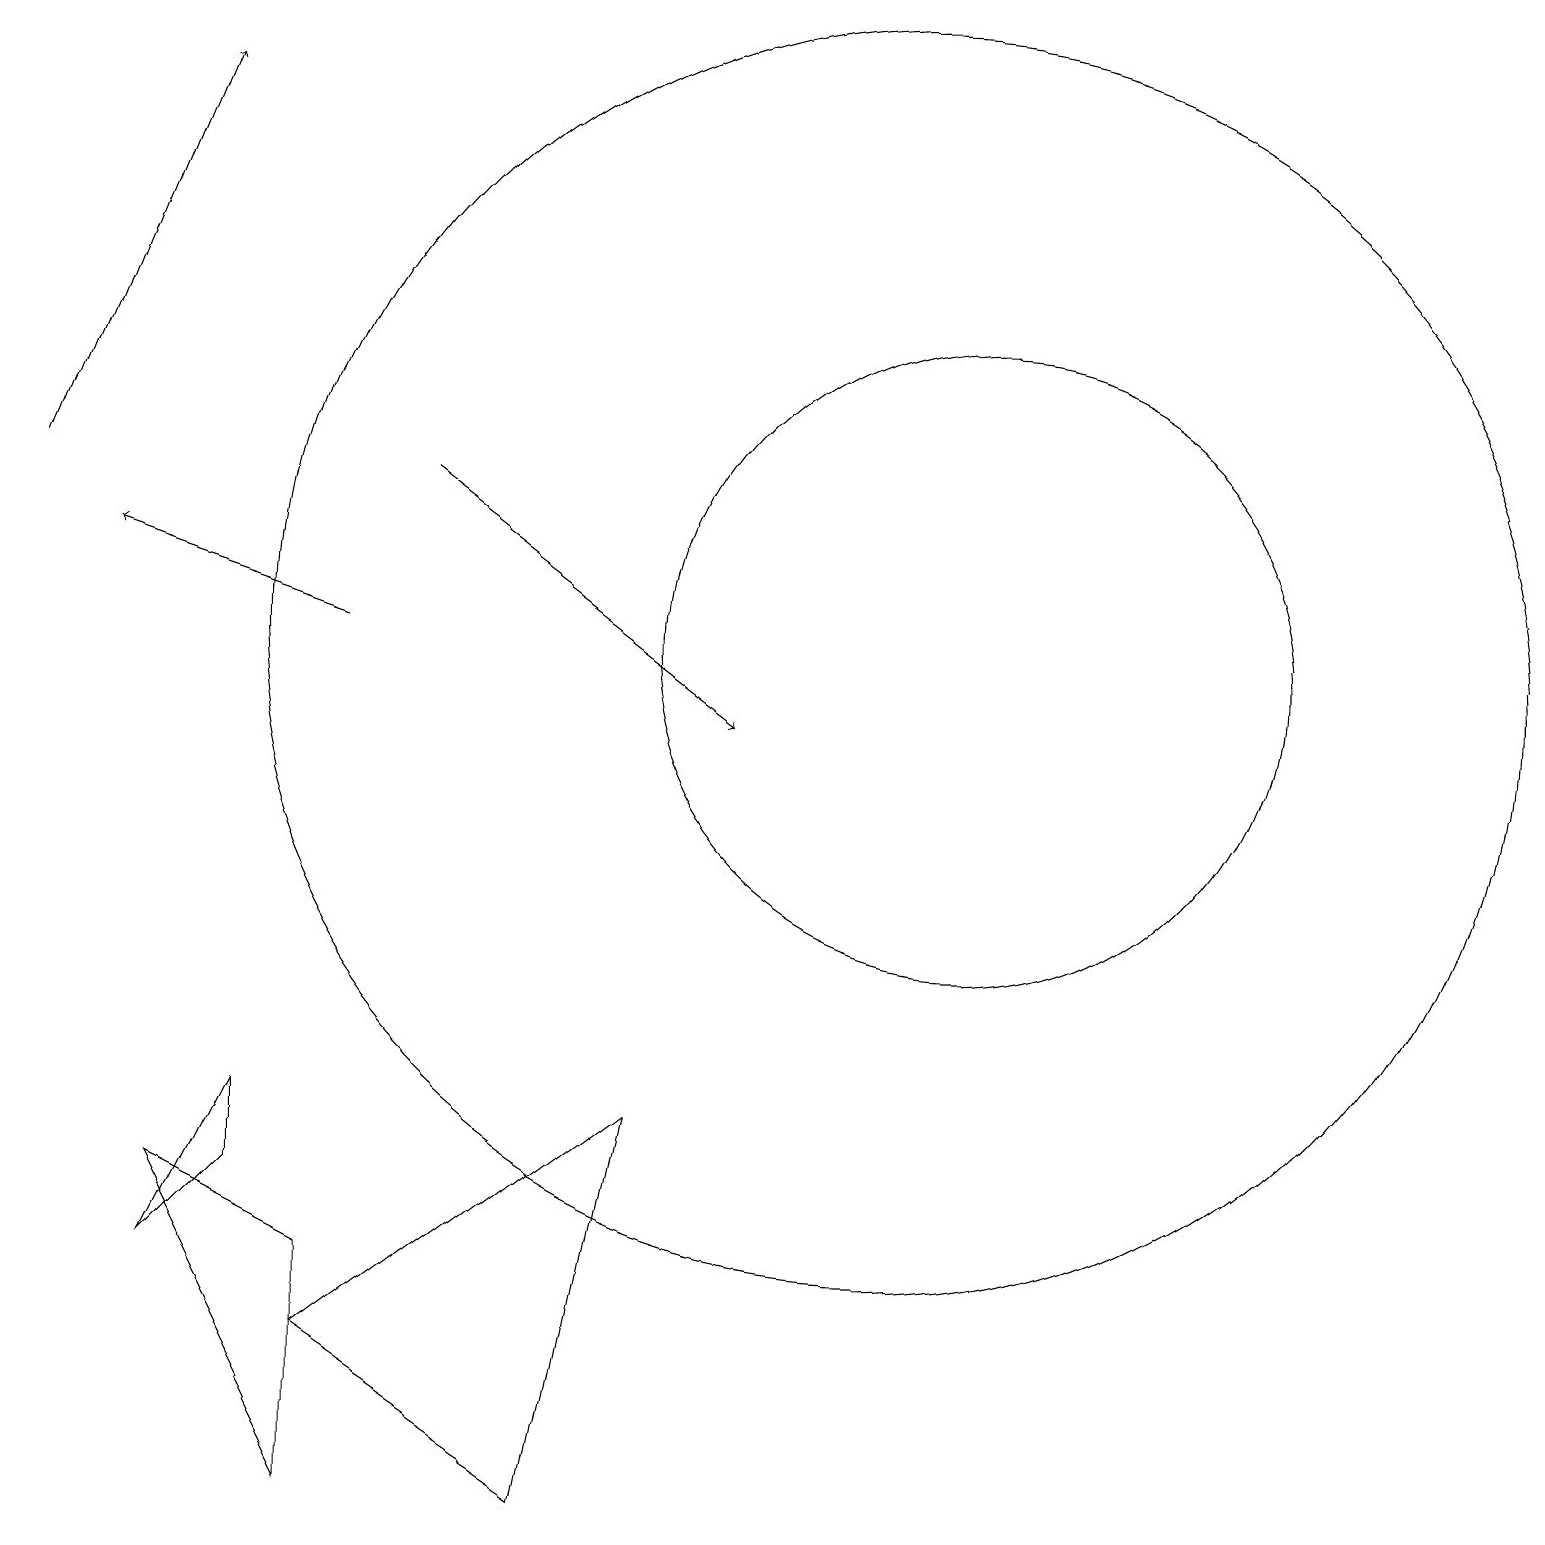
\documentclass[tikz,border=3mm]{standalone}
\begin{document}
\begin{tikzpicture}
\draw (12,11) circle (4);
\draw[->] (4,11) -- (1,12);
\draw[->] (0,13) -- (2,18);
\draw[->] (5,13) -- (9,10);
\draw (4,2) -- (8,5) -- (7,0) -- cycle;
\draw (2,4) -- (4,0) -- (4,3) -- cycle;
\draw (11,11) circle (8);
\draw (3,4) -- (2,3) -- (3,5) -- cycle;
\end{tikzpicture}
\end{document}